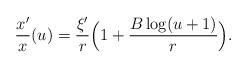
LaTeX: \begin{align*}\frac{x'}{x}(u)= \frac{\xi'}{r}\Big(1+\frac{B \log (u+1)}{r}\Big).\end{align*}